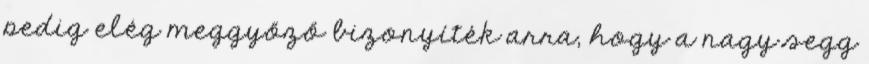
pedig elég meggyőző bizonyíték arra, hogy a nagy segg